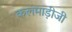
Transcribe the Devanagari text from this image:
कलमाड़ीजी